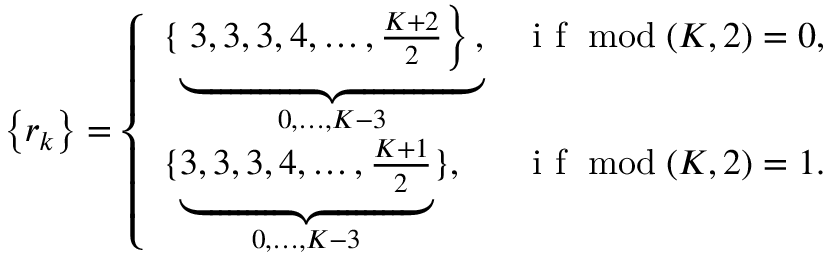
\left\{ r _ { k } \right\} = \left\{ \begin{array} { l l } { \{ \underbrace { \left. 3 , 3 , 3 , 4 , \ldots , \frac { K + 2 } { 2 } \right\} , } _ { 0 , \ldots , K - 3 } } & { \mathrm { ~ i ~ f ~ } \bmod ( K , 2 ) = 0 , } \\ { \{ \underbrace { 3 , 3 , 3 , 4 , \ldots , \frac { K + 1 } { 2 } } _ { 0 , \ldots , K - 3 } \} , } & { \mathrm { ~ i ~ f ~ } \bmod ( K , 2 ) = 1 . } \end{array} \right.